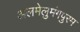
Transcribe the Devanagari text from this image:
अलमेलुमंगपुरम